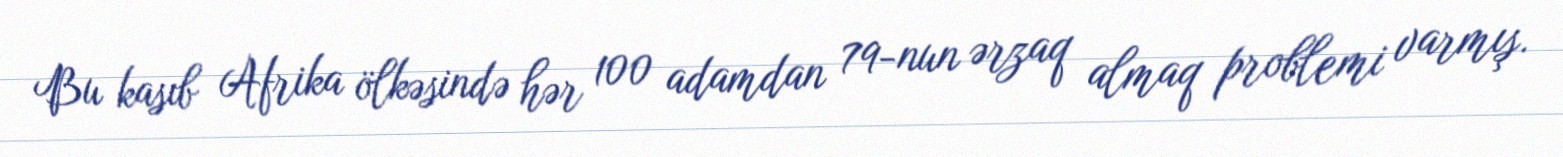
Bu kasıb Afrika ölkəsində hər 100 adamdan 79-nun ərzaq almaq problemi varmış.